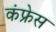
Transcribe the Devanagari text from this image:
कंफ्रेस